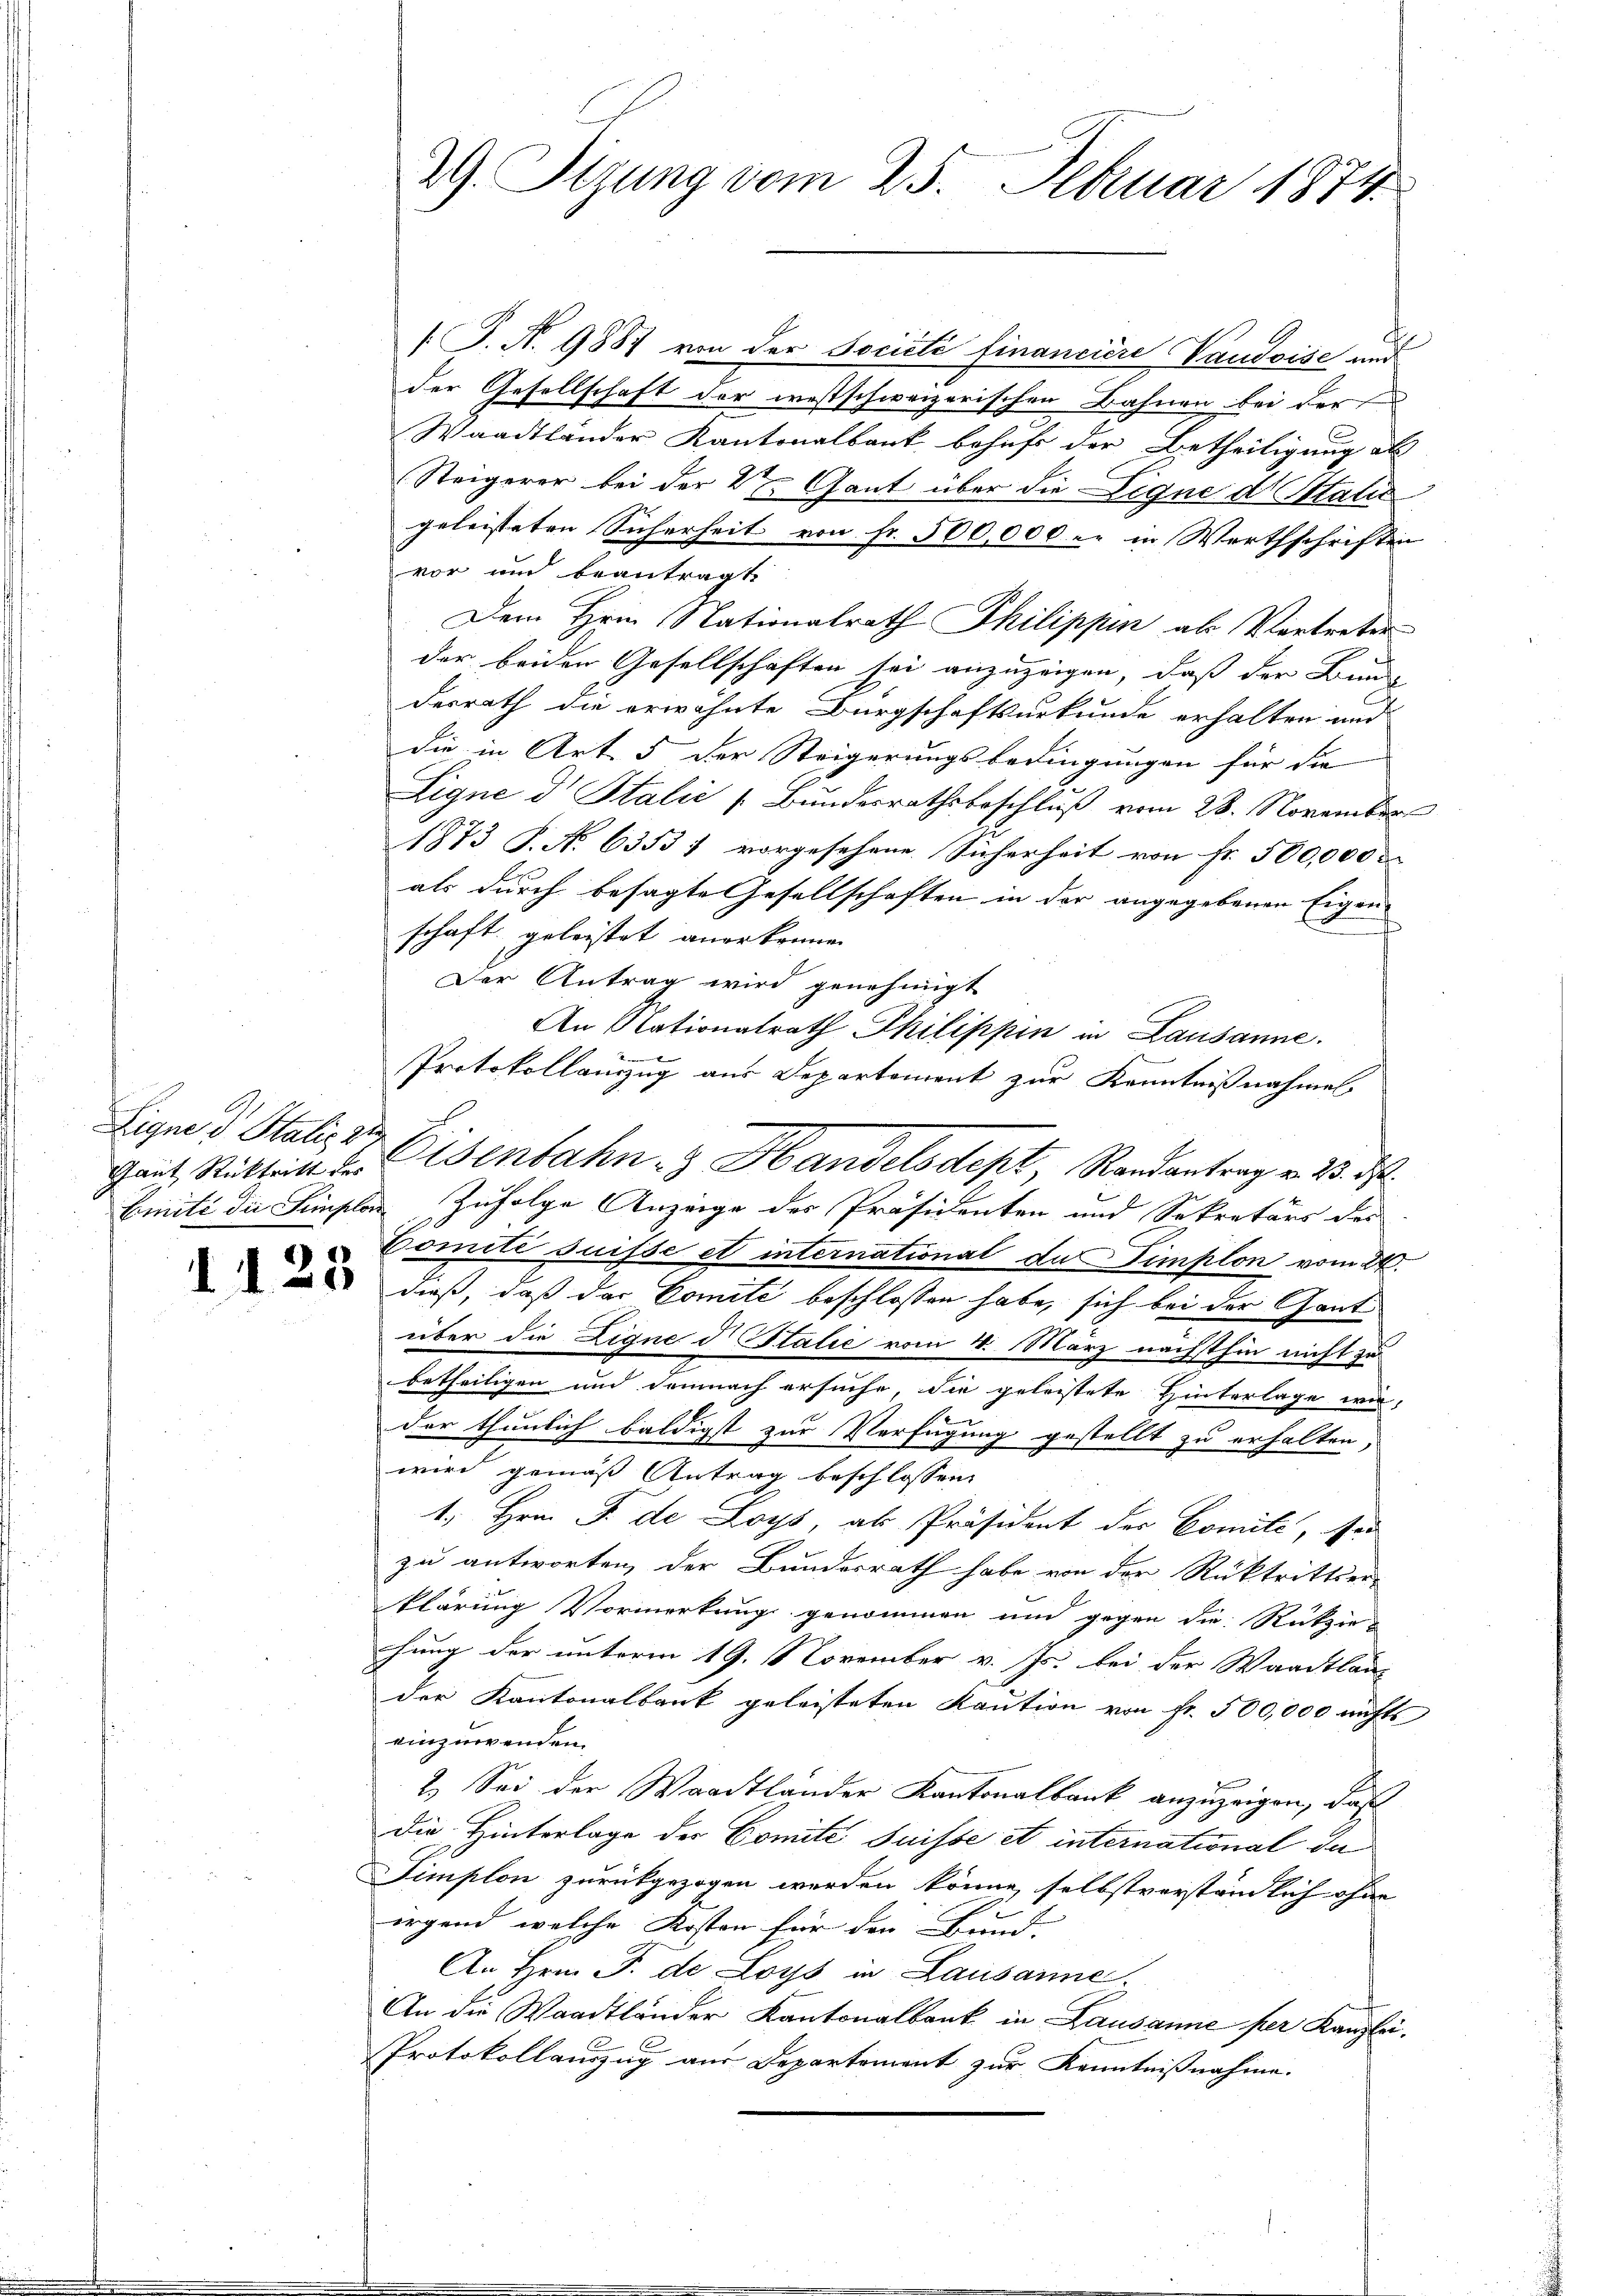
Eigne u Statis di

123

/J. N. 9887 von der Société financiere Vaudoise und
der Gesellschaft der westschweizerischen Bahnen bei der
Waadtländer Kantonalbank behufs der Betheiligung als
Steigerer bei der 2 Gant über die Ligne dotalie
geleisteten Sicherheit von fr. 500,000 - in Werthschriften
vor und beantragt
Dem Hrn. Stationalrath Philippin als Vertreter
der beiden Gesellschaften sei anzuzeigen, daß der Bunde
desrath die erwähnte Bürgschaftsurkunde erhalten und
die in Art. 5 der Steigerungsbedingungen für die
Ligne d Italić s. Bundesrathsbeschluß vom 28. November
1873 S. No 6353; vorgesehene Sicherheit von Fr. 500,000
als durch besagte Gesellschaften in der angegebenen Eigen
schaft geleistet anerkennen
Der Antrag wird genehmigt
An Stationalrath Philippin in Lausanne.
Protokollamzug aus Departement zur Kenntnißnahmel
Ernité die Finsler Zufolge Anzeige des Präsidenten und Sekretärs des
Comité suisse et internationat du Timplon vom 24.
dieß, daß das Comite beschlossen habe, sich bei der Gantüber die Ligne d Italie vom 4. März nächsthin nicht zu
betheiligen und demnach ersuche, die geleistete Hinterlage wir,
.
der thunlich baldigst zur Verfügung gestellt zu erhalten,
wird gemäß Antrag beschlossen:
1. Hrn. F. de Loys, als Präsident der Comité, ser
zu antworten, der Bundesrath habe von der Rücktrittier-
klärung Vormerkung genommen und gegen die Rückzie-
hung der unterm 19. November v. Js. bei der Waadtlaut
der Kantonalbank geleisteten Kaution von Fr. 500,000 nichts
einzuwenden.
2.) Sei der Waadtlander Kantonalbank anzuzeigen, daß
die Hinterlage des Comite Suisse et international da
Simplon zurückgezogen werden könne, selbstverständlich ohne
irgend, welche Kosten für den Bund.
An Hrn. J. de Loys in Lausanne.
An die Waadtländer Kantonalbank in Lausanne per Kanzlei.
Protokollauszug aus Departement zur Kenntnißnahme.

29. Sizung vom 25. Februar 1874

Gant Rücktritt der Eisenbahn- & Handelsdept, Randantrag v. 23. ds.